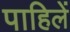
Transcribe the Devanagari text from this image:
पाहिलें